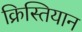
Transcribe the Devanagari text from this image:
क्रिस्तियान